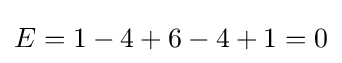
E=1-4+6-4+1=0